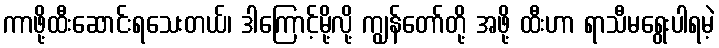
ကာဖို့ထီးဆောင်းရသေးတယ်၊ ဒါကြောင့်မို့လို့ ကျွန်တော်တို့ အဖို့ ထီးဟာ ရာသီမရွေးပါရမဲ့